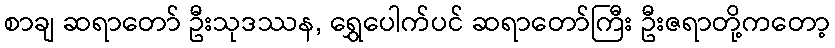
စာချ ဆရာတော် ဦးသုဒဿန, ရွှေပေါက်ပင် ဆရာတော်ကြီး ဦးဇရာတို့ကတော့